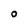
Character: 0